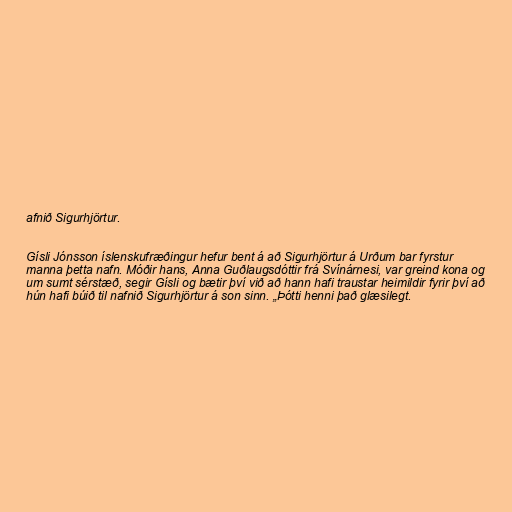
afnið Sigurhjörtur.

Gísli Jónsson íslenskufræðingur hefur bent á að Sigurhjörtur á Urðum bar fyrstur
manna þetta nafn. Móðir hans, Anna Guðlaugsdóttir frá Svínárnesi, var greind kona og
um sumt sérstæð, segir Gísli og bætir því við að hann hafi traustar heimildir fyrir því að
hún hafi búið til nafnið Sigurhjörtur á son sinn. „Þótti henni það glæsilegt.